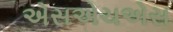
એસએચએસ